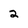
Character: 2